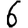
Digit: 6